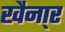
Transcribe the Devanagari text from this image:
खैना्र